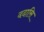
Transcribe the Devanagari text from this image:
ददासि